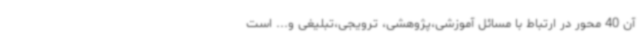
آن 40 محور در ارتباط با مسائل آموزشی،پژوهشی، ترویجی،تبلیغی و... است